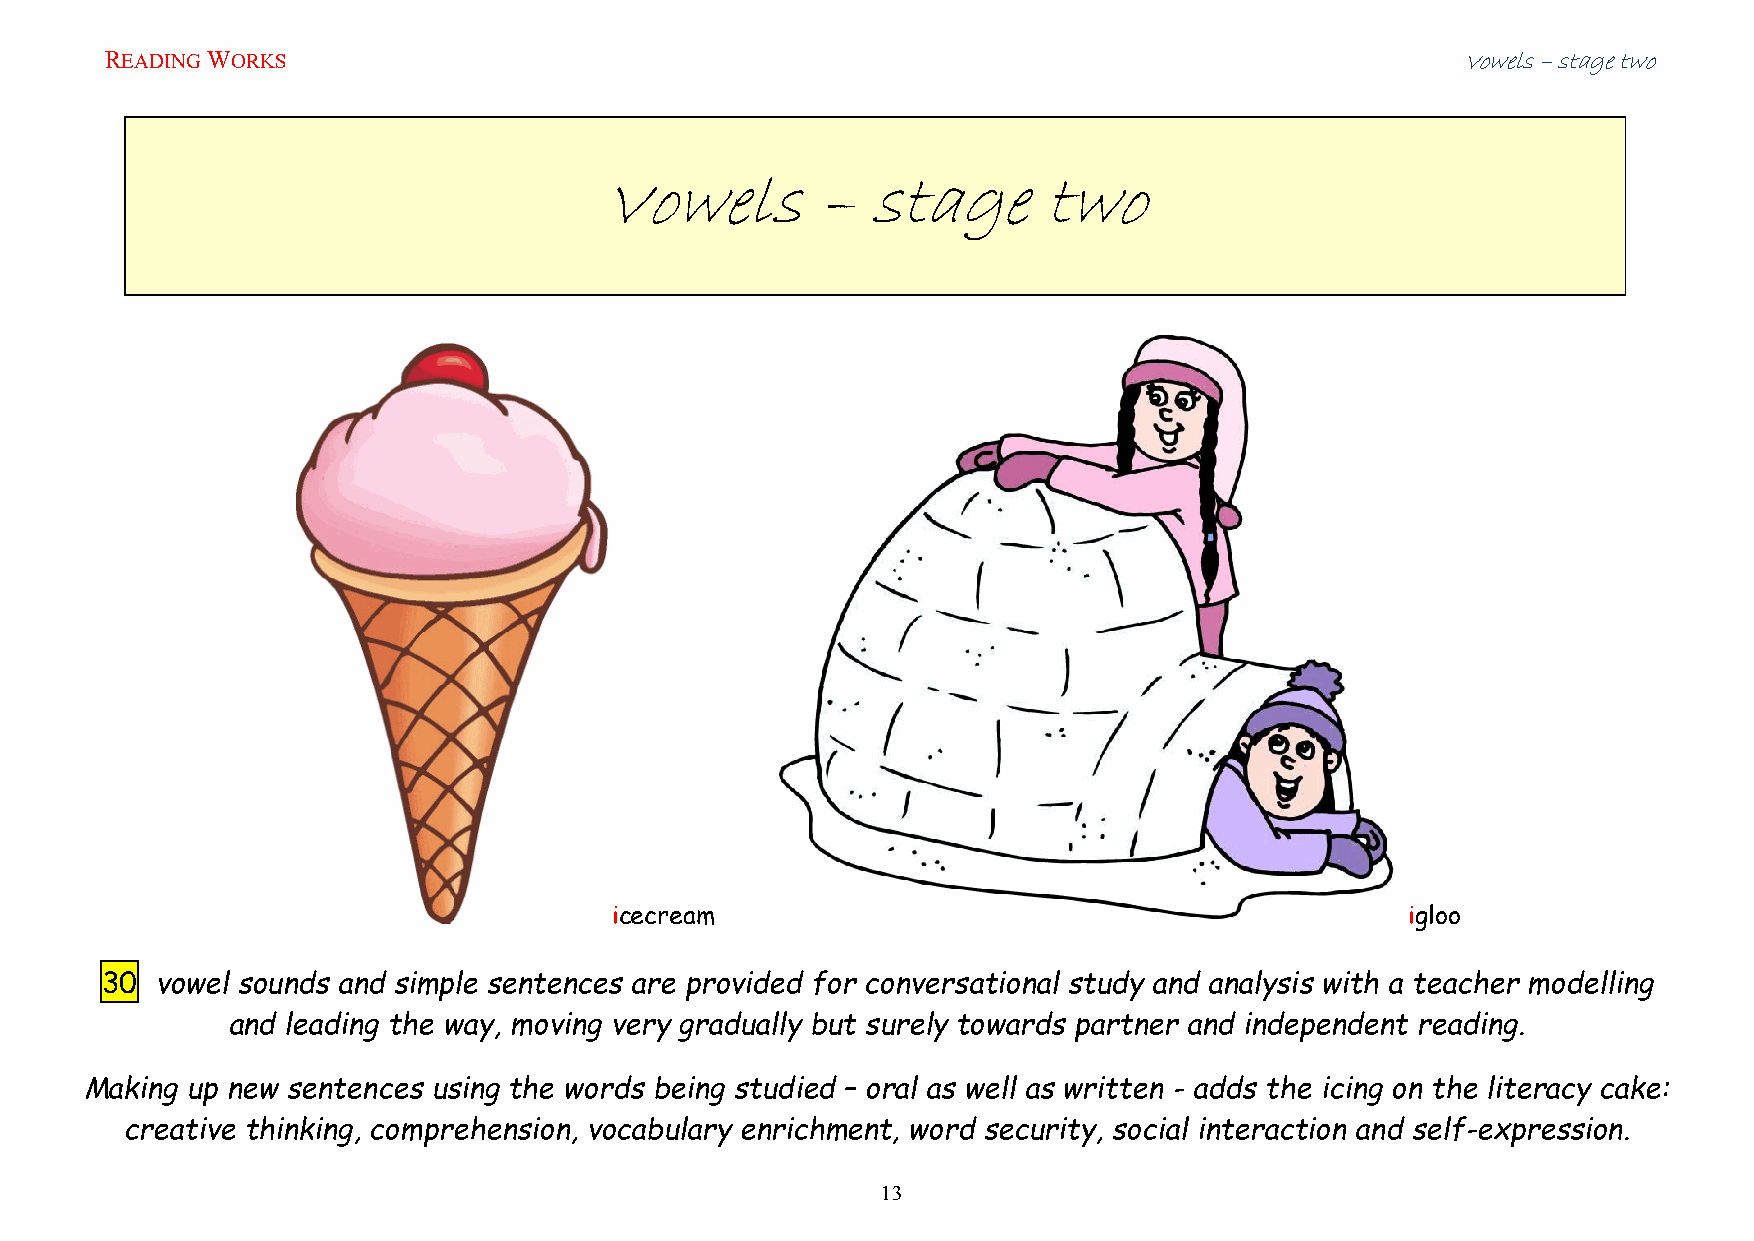
READING WORKS                                                                             Vowels – stage two
 Vowels         –  stage       two
 icecream                                             igloo
 30 vowel sounds and simple sentences are provided for conversational study and analysis with a teacher modelling
 and leading the way, moving very gradually but surely towards partner and independent reading.
 Making up new sentences using the words being studied – oral as well as written - adds the icing on the literacy cake:
 creative thinking, comprehension, vocabulary enrichment, word security, social interaction and self-expression.
 13